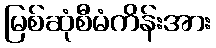
မြစ်ဆုံစီမံကိန်းအား